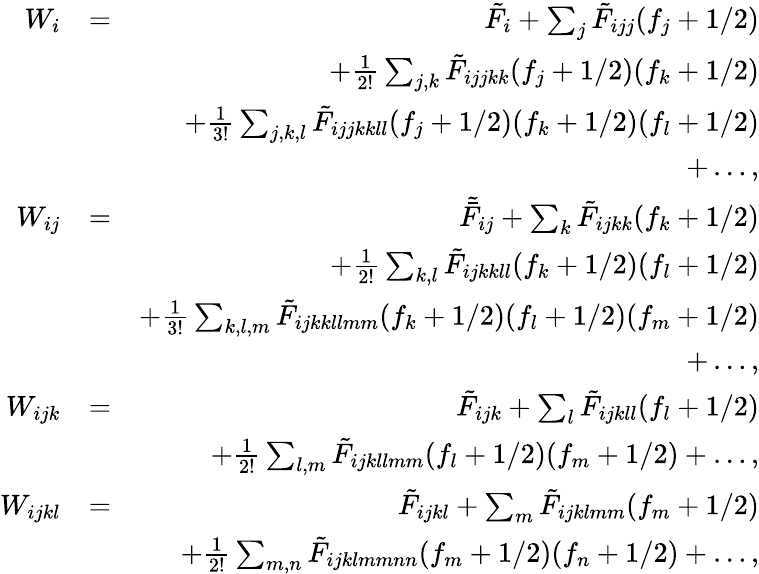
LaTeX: \begin{array}{rlr}{W_{i}}&{=}&{\tilde{F}_{i}+\sum_{j}\tilde{F}_{ijj}(f_{j}+1/2)}\\ &{}&{+\frac{1}{2!}\sum_{j,k}\tilde{F}_{ijjkk}(f_{j}+1/2)(f_{k}+1/2)}\\ &{}&{+\frac{1}{3!}\sum_{j,k,l}\tilde{F}_{ijjkkll}(f_{j}+1/2)(f_{k}+1/2)(f_{l}+1/2)}\\ &{}&{+\dots,}\\ {W_{ij}}&{=}&{\tilde{\bar{F}}_{ij}+\sum_{k}\tilde{F}_{ijkk}(f_{k}+1/2)}\\ &{}&{+\frac{1}{2!}\sum_{k,l}\tilde{F}_{ijkkll}(f_{k}+1/2)(f_{l}+1/2)}\\ &{}&{+\frac{1}{3!}\sum_{k,l,m}\tilde{F}_{ijkkllmm}(f_{k}+1/2)(f_{l}+1/2)(f_{m}+1/2)}\\ &{}&{+\dots,}\\ {W_{ijk}}&{=}&{\tilde{F}_{ijk}+\sum_{l}\tilde{F}_{ijkll}(f_{l}+1/2)}\\ &{}&{+\frac{1}{2!}\sum_{l,m}\tilde{F}_{ijkllmm}(f_{l}+1/2)(f_{m}+1/2)+\dots,}\\ {W_{ijkl}}&{=}&{\tilde{F}_{ijkl}+\sum_{m}\tilde{F}_{ijklmm}(f_{m}+1/2)}\\ &{}&{+\frac{1}{2!}\sum_{m,n}\tilde{F}_{ijklmmnn}(f_{m}+1/2)(f_{n}+1/2)+\dots,}\end{array}